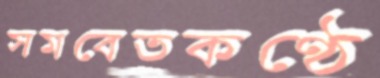
সমবেতকণ্ঠে